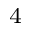
_ 4